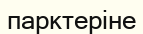
парктеріне